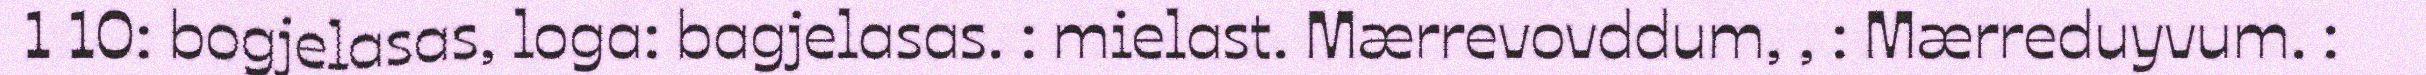
1 10: bogjelasas, loga: bagjelasas. : mielast. Mærrevovddum, , : Mærreduyvum. :